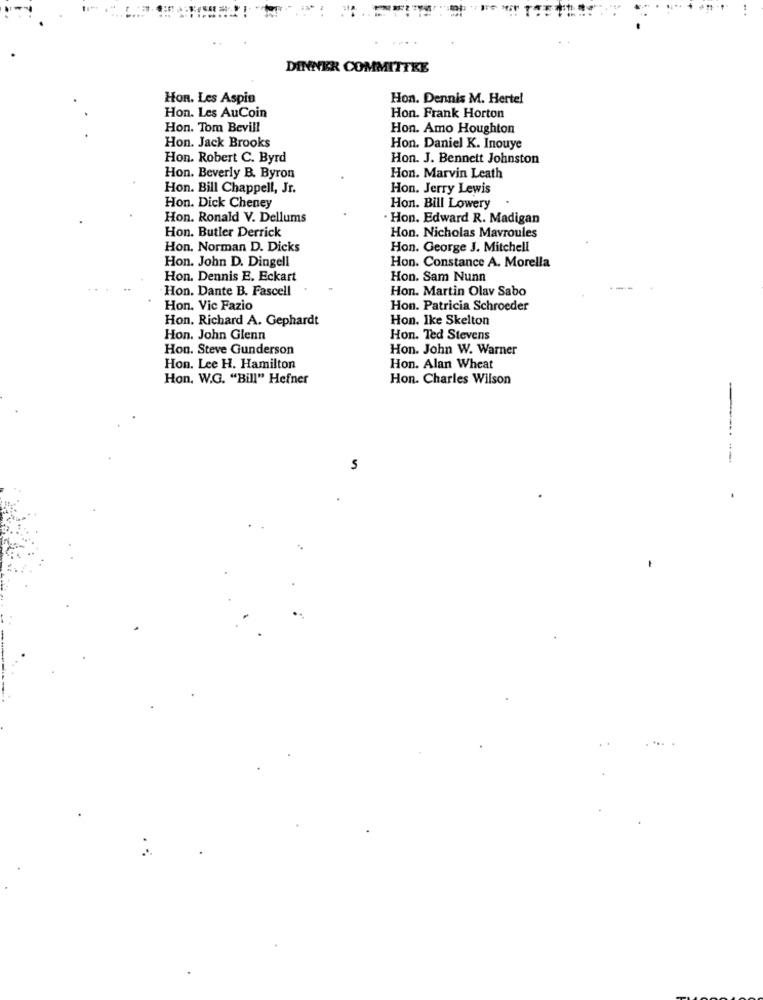
DINNER COMMITTEE
Hon. Les Aspin
Hon. Dennis M. Hertel
Hon. Les AuCoin
Hon. Frank Horton
Hon. Tom Bevill
Hon. Amo Houghton
Hon. Jack Brooks
Hon. Daniel K. Inouye
Hon. Robert C. Byrd
Hon. J. Bennett Johnston
Hon. Beverly B. Byron
Hon. Marvin Leath
Hon. Bill Chappell, Jr.
Hon. Jerry Lewis
Hon. Dick Cheney
Hon. Bill Lowery
Hon. Ronald V. Dellums
Hon. Edward R. Madigan
Hon. Butler Derrick
Hon. Nicholas Mavroules
Hon. Norman D. Dicks
Hon. George J. Mitchell
Hon. John D. Dingell
Hon. Constance A. Morella
Hon. Dennis E. Eckart
Hon. Sam Nunn
Hon. Dante B. Fascell
Hon. Martin Olav Sabo
Hon. Vic Fazio
Hon. Patricia Schroeder
Hon, Richard A. Gephardt
Hon. Ike Skelton
Hon. John Glenn
Hon. Ted Stevens
Hon. Steve Gunderson
Hon. John W. Warner
Hon. Lee H. Hamilton
Hon. Alan Wheat
Hon. W.G. "Bill" Hefner
Hon. Charles Wilson
5